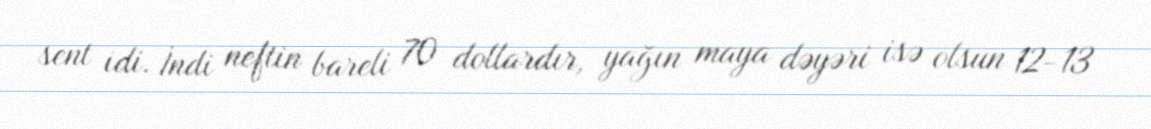
sent idi. İndi neftin bareli 70 dollardır, yağın maya dəyəri isə olsun 12-13